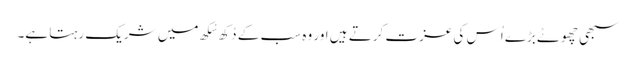
سبھی چھوٹے بڑے اُس کی عزت کرتے ہیں اور وہ سب کے دُکھ سُکھ میں شریک رہتا ہے۔